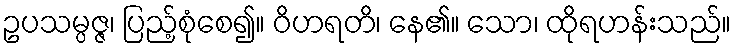
ဥပသမ္ပဇ္ဇ၊ ပြည့်စုံစေ၍။ ဝိဟရတိ၊ နေ၏။ သော၊ ထိုရဟန်းသည်။